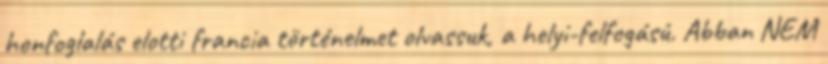
honfoglalás elotti francia történelmet olvassuk, a helyi-felfogású. Abban NEM